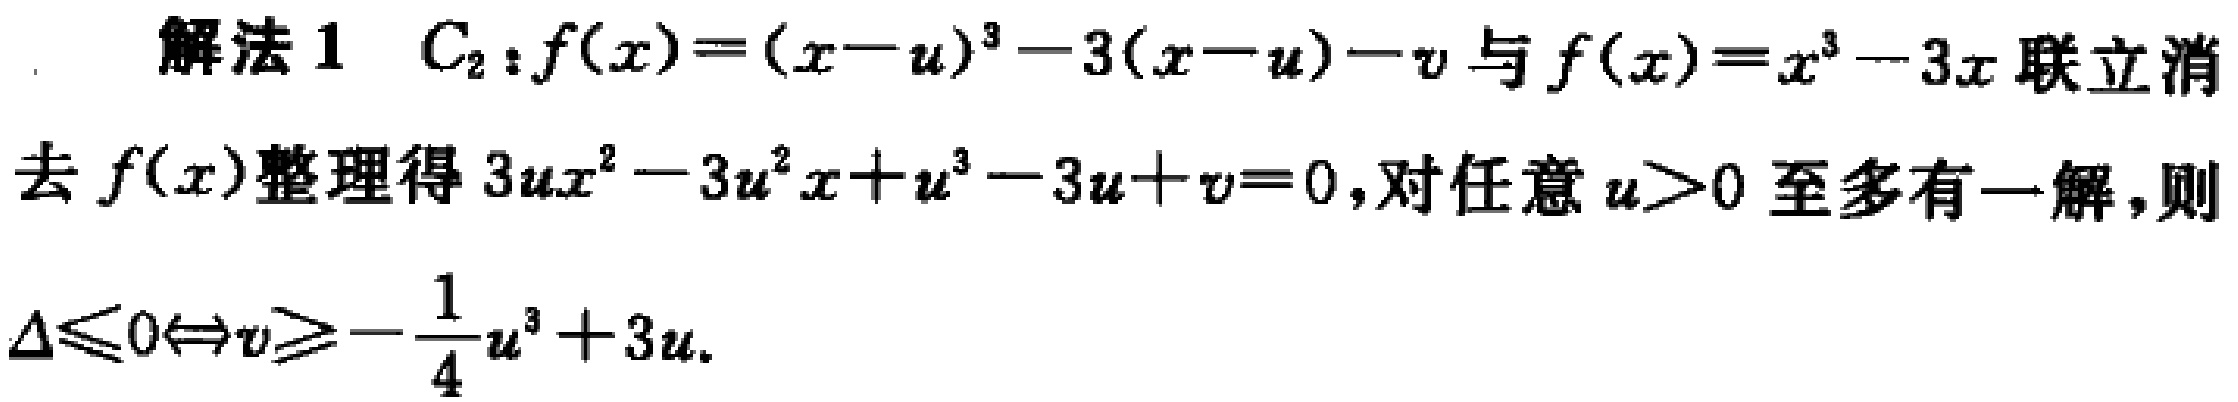
解法 1 \(C_{2}:f(x)=(x - u)^{3}-3(x - u)-v\)与\(f(x)=x^{3}-3x\)联立消去\(f(x)\)整理得\(3ux^{2}-3u^{2}x + u^{3}-3u + v = 0\),对任意\(u>0\)至多有一解,则\(\Delta\leqslant0\Leftrightarrow v\geqslant-\frac{1}{4}u^{3}+3u\).